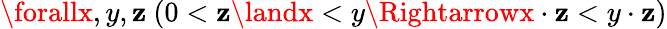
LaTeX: \forallx,y,\mathbf{z}\ (0<\mathbf{z}\landx<y\Rightarrowx\cdot\mathbf{z}<y\cdot\mathbf{z})